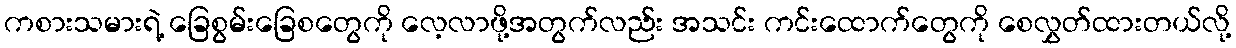
ကစားသမားရဲ့ ခြေစွမ်းခြေစတွေကို လေ့လာဖို့အတွက်လည်း အသင်း ကင်းထောက်တွေကို စေလွှတ်ထားတယ်လို့